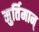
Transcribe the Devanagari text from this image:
मुर्तिमान्